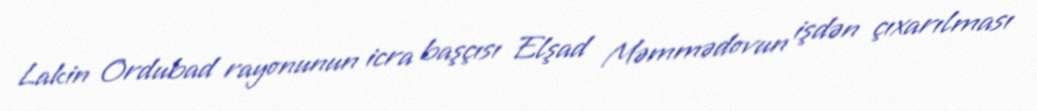
Lakin Ordubad rayonunun icra başçısı Elşad Məmmədovun işdən çıxarılması